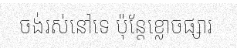
ចង់រស់នៅទេ ប៉ុន្តែខ្លោចផ្សារ